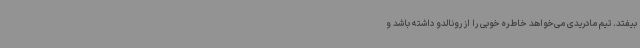
بیفتد. تیم مادریدی می‌خواهد خاطره خوبی را از رونالدو داشته باشد و